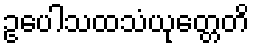
ဥပေါသထသံယုတ္တေတိ